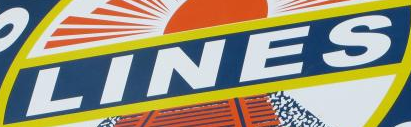
LINES